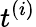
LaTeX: t^{(i)}